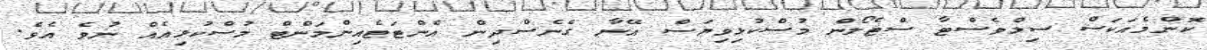
ކޮންމެއަކަސް ސިލްވެސްޓާ ސްޓެލޯން މުސްކުޅިވިޔަސް އޭނާ ގެނެސްދިން އެންޓަޓެއިންމަންޓް މުސްކުޅިއެއް ނުވެ އެވެ.